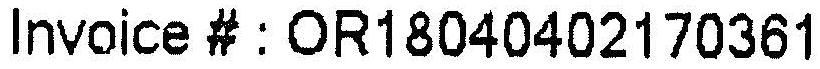
INVOICE # : OR18040402170361